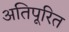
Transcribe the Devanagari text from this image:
अतिपूरित